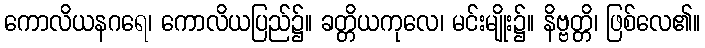
ကောလိယနဂရေ၊ ကောလိယပြည်၌။ ခတ္တိယကုလေ၊ မင်းမျိုး၌။ နိဗ္ဗတ္တိ၊ ဖြစ်လေ၏။